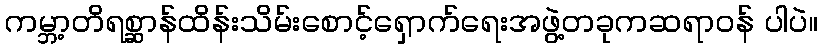
ကမ္ဘာ့တိရစ္ဆာန်ထိန်းသိမ်းစောင့်ရှောက်ရေးအဖွဲ့တခုကဆရာဝန် ပါပဲ။